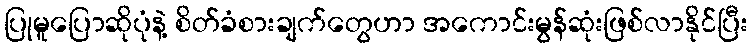
ပြုမူပြောဆိုပုံနဲ့ စိတ်ခံစားချက်တွေဟာ အကောင်းမွန်ဆုံးဖြစ်လာနိုင်ပြီး